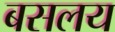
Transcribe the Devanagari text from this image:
बसलय